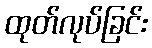
ထုတ်လုပ်ခြင်း